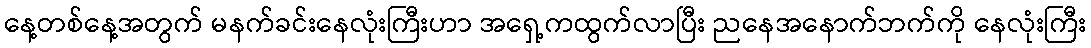
နေ့တစ်နေ့အတွက် မနက်ခင်းနေလုံးကြီးဟာ အရှေ့ကထွက်လာပြီး ညနေအနောက်ဘက်ကို နေလုံးကြီး